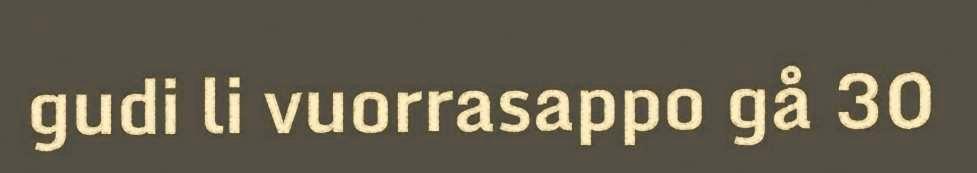
gudi li vuorrasappo gå 30